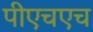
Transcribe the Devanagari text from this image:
पीएचएच